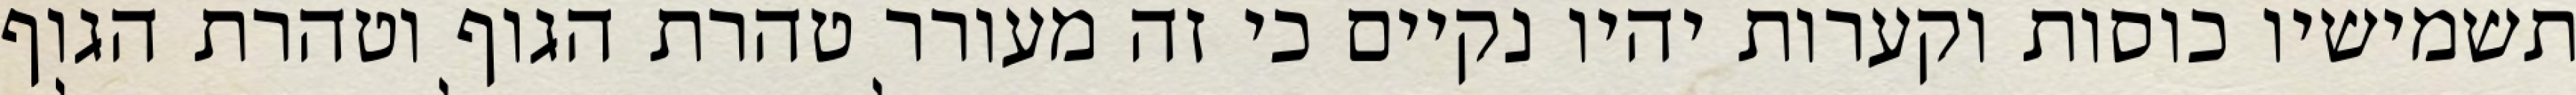
תשמישיו כוסות וקערות יהיו נקיים כי זה מעורר טהרת הגוף וטהרת הגוף